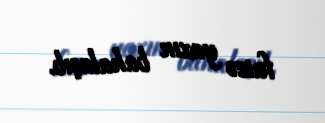
faizə yaxın bahalaşıb.